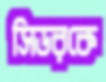
সিডরকে